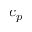
c _ { p }